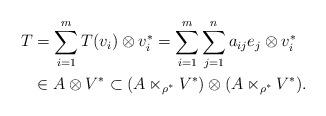
LaTeX: \begin{align*}T&=\sum_{i=1}^m T(v_i)\otimes v_i^*=\sum_{i=1}^m\sum_{j=1}^n a_{ij}e_j\otimes v_i^*\\&\in A\otimes V^*\subset (A\ltimes_{\rho^*}V^*)\otimes (A\ltimes_{\rho^*}V^*).\end{align*}